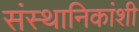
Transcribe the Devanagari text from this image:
संस्थानिकांशी